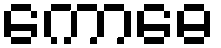
ကောဓေ